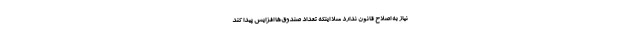
نیاز به اصلاح قانون ندارد مثلا اینکه تعداد صندوق‌ها افزایش پیدا کند